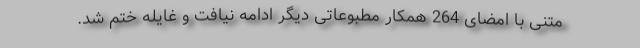
متنی با امضای 264 همکار مطبوعاتی دیگر ادامه نیافت و غایله ختم شد.